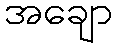
အချော